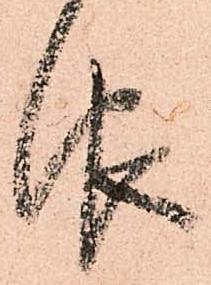
報